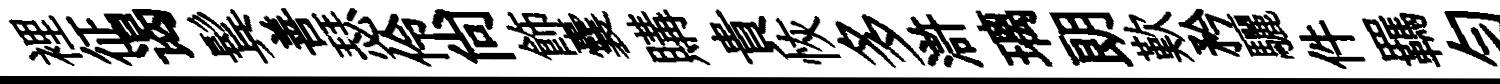
裡征谒鬂善瑟伶尚飾囊購貴恢多滸璃朗歎矜驪件羈匀